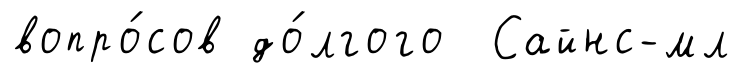
вопро́сов до́лгого Сайнс-мл